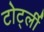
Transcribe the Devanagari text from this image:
टोर्ट्ली